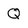
Character: Q